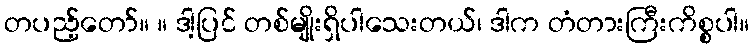
တပည့်တော်။ ။ ဒါ့ပြင် တစ်မျိုးရှိပါသေးတယ်၊ ဒါက တံတားကြီးကိစ္စပါ။